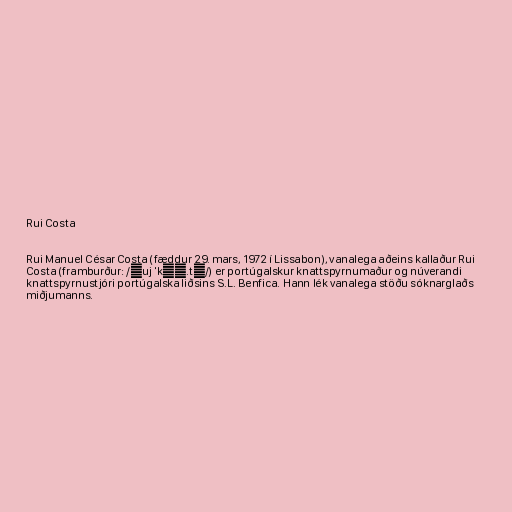
Rui Costa

Rui Manuel César Costa (fæddur 29. mars, 1972 í Lissabon), vanalega aðeins kallaður Rui
Costa (framburður: /ʁuj 'kɔʃ.tɐ/) er portúgalskur knattspyrnumaður og núverandi
knattspyrnustjóri portúgalska liðsins S.L. Benfica. Hann lék vanalega stöðu sóknarglaðs
miðjumanns.